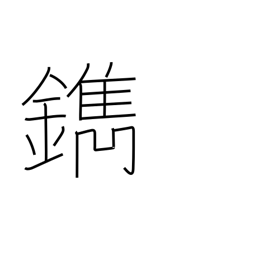
Meaning: engrave